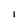
Character: l